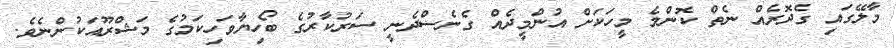
މާލޭގައި ގެދޮރެއް ނެތް ކޮންމެ މީހަކަށް އުންމީދެއް ގެނެސްދެނީ ސަރުކާރުގެ ބޯހިޔާވަހިކަމުގެ މަޝްރޫއަކުންނެވެ.